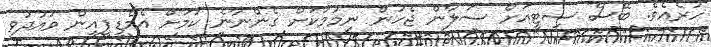
ހުރެއެވެ. ބޭސް ސިޓީއަށް ސަލާން ޖެހުން ނިމުމަކަށް ގެންނާނެ ކަމަށް އެމްޑީޕީއިން ވައުދުވި